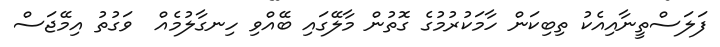
ފަލަސްތީނާއިއެކު ތިބިކަން ހާމަކުރުމުގެ ގޮތުން މާލޭގައި ބޭއްވި ހިނގާލުމެއް  ވަގުތު އިމޭޖަސް